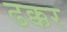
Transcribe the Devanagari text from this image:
ढक्कर